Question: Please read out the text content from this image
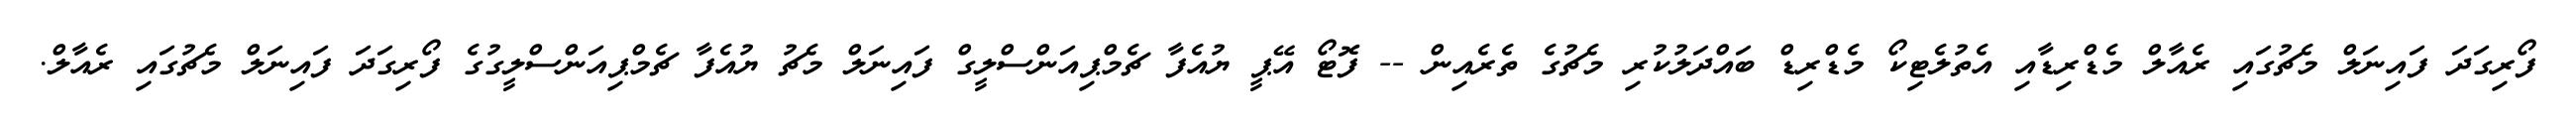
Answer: ފޯރިގަދަ ފައިނަލް މެޗުގައި ރެއާލް މެޑްރިޑާއި އެތުލެޓިކޯ މެޑްރިޑް ބައްދަލުކުރި މެޗުގެ ތެރެއިން -- ފޮޓޯ އޭޕީ ޔުއެފާ ޗެމްޕިއަންސްލީގް ފައިނަލް މެޗު ޔުއެފާ ޗެމްޕިއަންސްލީގުގެ ފޯރިގަދަ ފައިނަލް މެޗުގައި ރެއާލް.